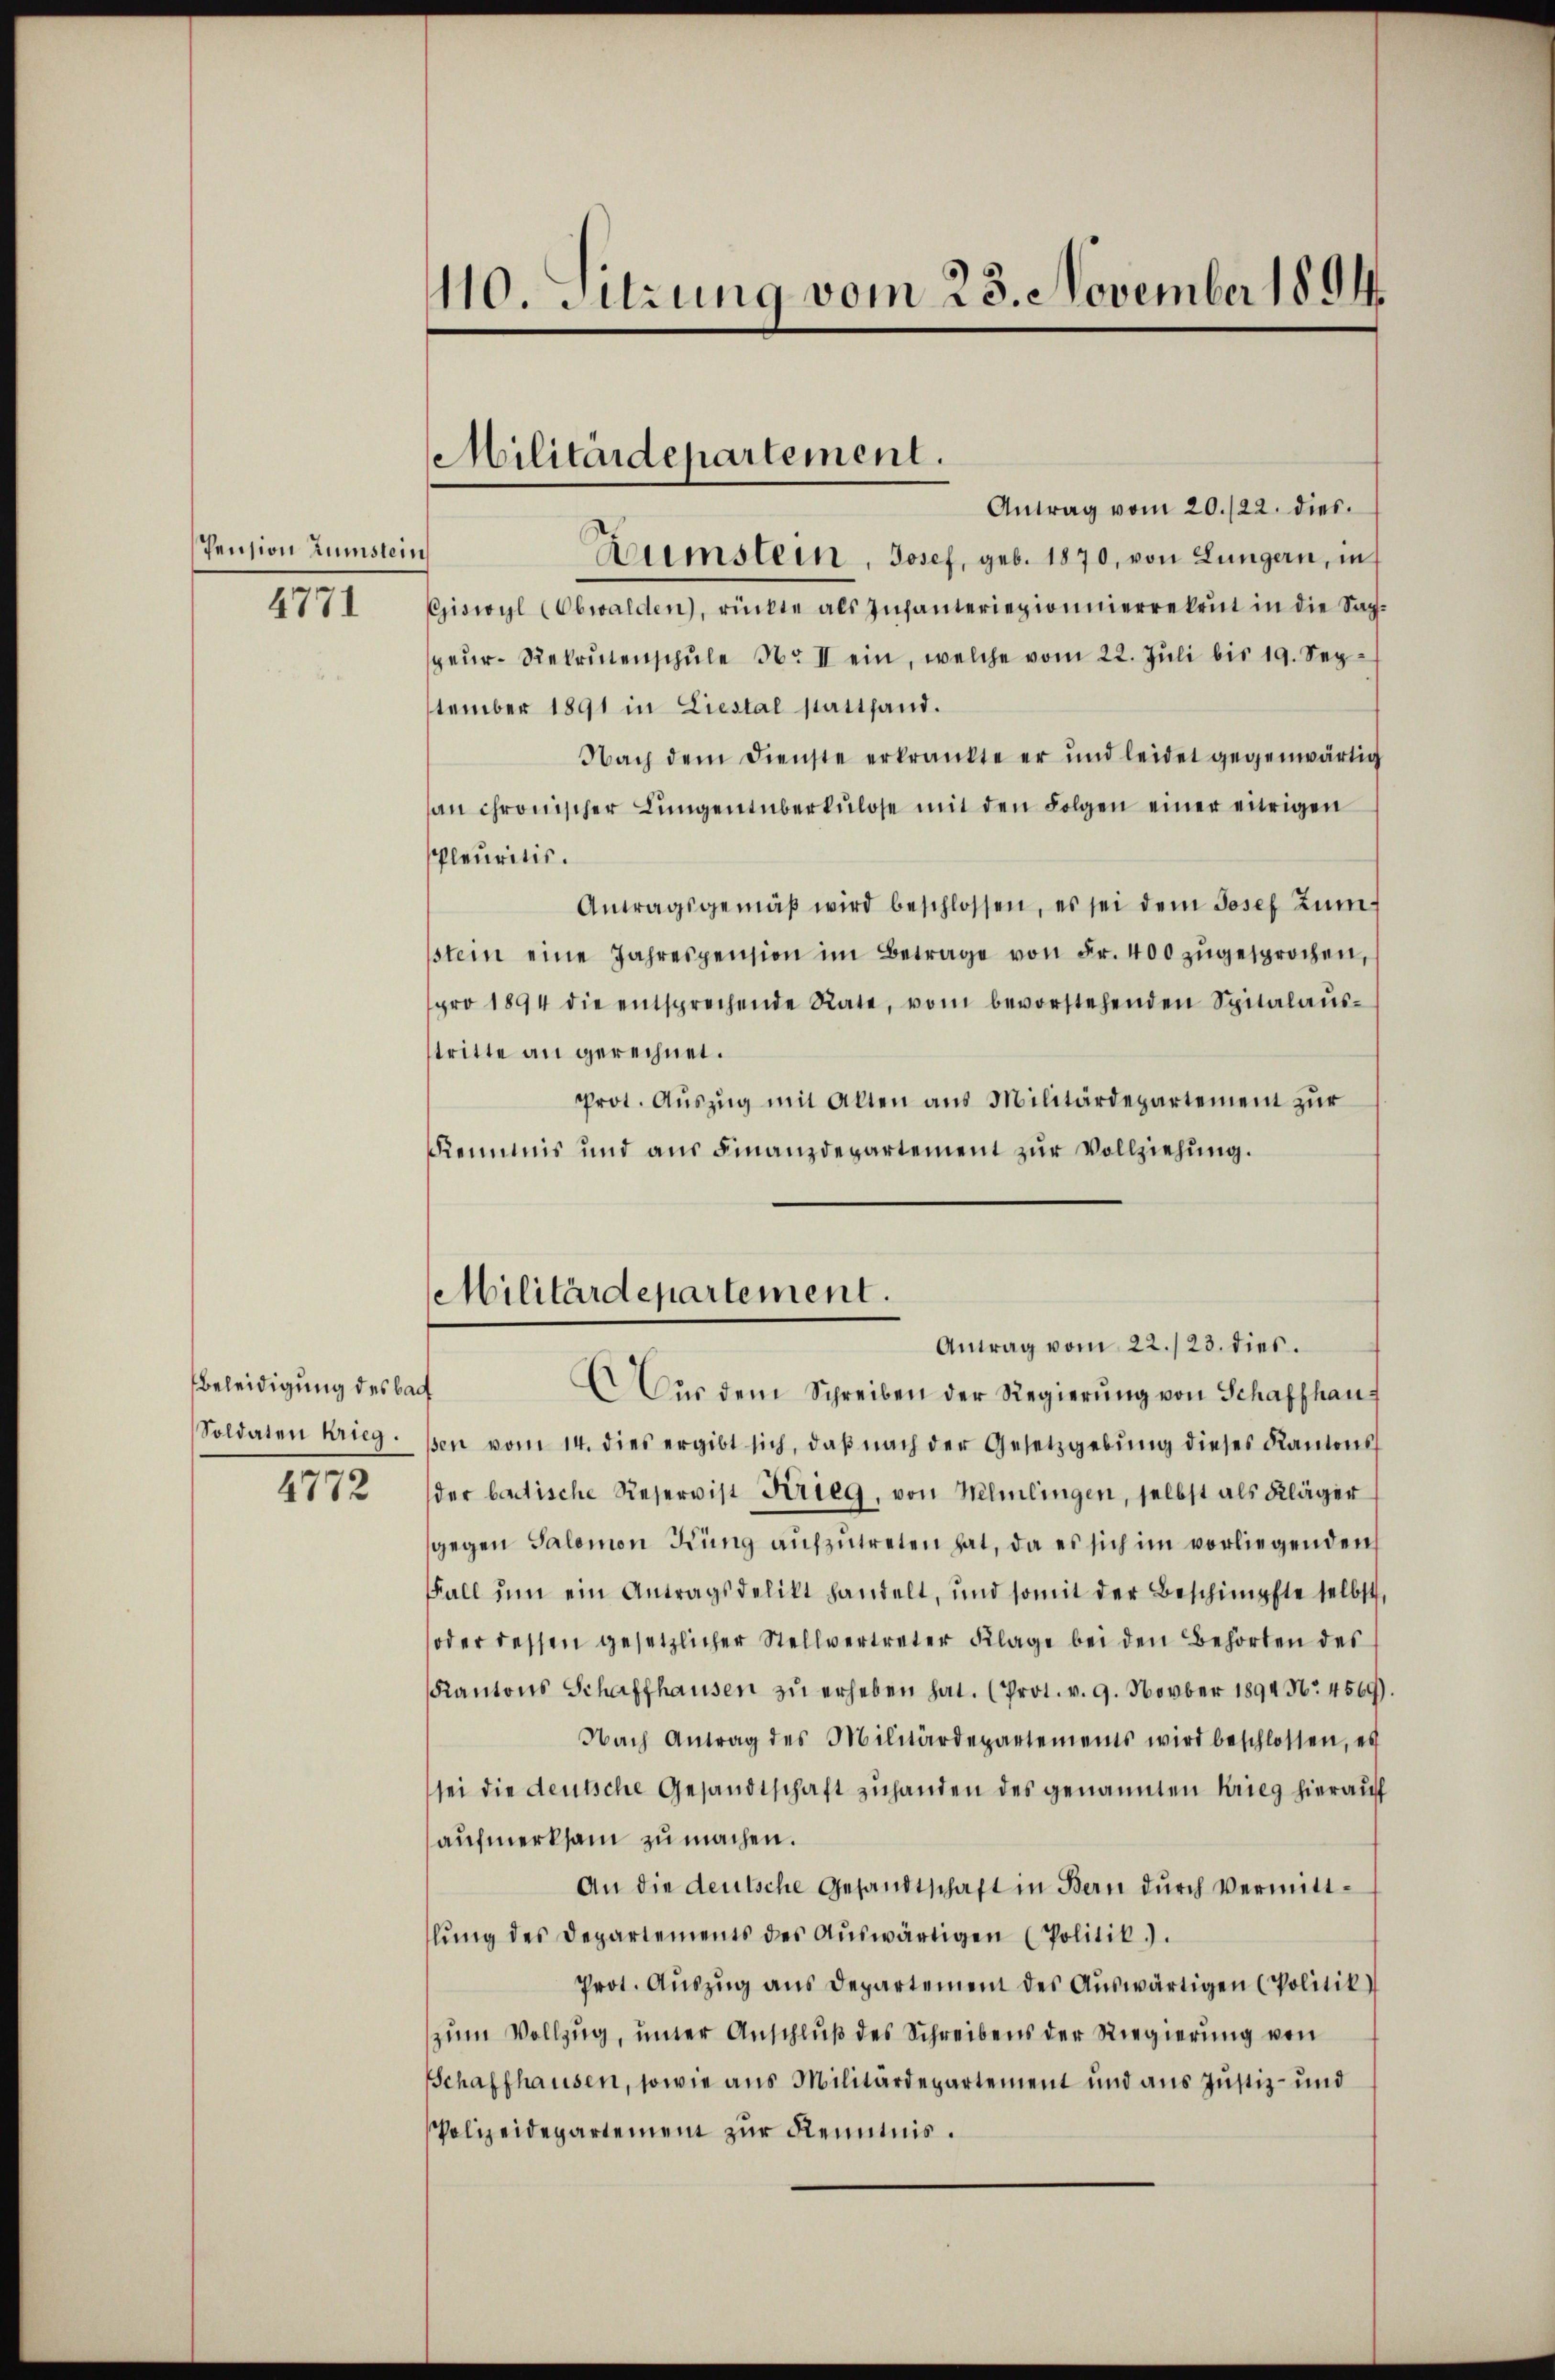
Pension zumstein

4771

Beleidigung des bad
2772

110. Sitzung vom 23. November 1894.

Militärdepartement.

Militärdepartement.
Antrag vom 22./23. dies

Antrag vom 20./22. dies
Keimstein, Josef, geb. 1870, von Lungern, in
Giswyl (Obwalden, rückte als Infanteriepionierrekrut in die Sach-
geŭr- Rekrutenschŭle Nr. II ein, welche vom 22. Jŭli bis 19. September 1891 in Liestal stattfand.
Nach dem Dienste erkrankte er und leidet gegenwärtig
an chronischer Lungentüberkulose mit den Folgen einer eitrigen
leuritis.
Antragsgemäβ wird beschlossen, es sei dem Josef Zimstein eine Jahrespension im Betrage von Fr. 400 zugesprochen, s
pro 1894 die entsprechende Rate, vom bevorstehenden Spitalaŭs-
stritte an gerechnet.
Prot. Aŭszŭg mit Alten aus Militärdepartement zŭr
Kemnis und aŭs Finanzdepartement zŭr Vollziehŭng.

AAŭs dem Schreiben der Regierŭng von Schaffhaus
Soldaten krieg. sen vom 14. dies ergibt sich, daβ nach der Gesetzgebŭng dieses Kantons
der badische Reservist Krieg, von Helmlingen, selbst als Kläger
gegen Salomon Küng aufzutreten hat, da es sich im vorliegenden
Fall um ein Antragsdelikt handelt, und somit der Beschimpfte selbst,
oder dessen gesetzlicher Stellvertreter Klage bei den Behörten des
Kantons Schaffhausen zŭ erheben hat. (Prot. v. 9. Novber 1894 No. 4569).
Nach Antrag des Militärdepartements wird beschlossen, es
sei die deutsche Gesandtschaft zuhanden des genannten Krieg hierauf
aufmerksam zu machen.
An die deutsche Gesandtschaft in Bern durch Vermittlŭng des Departements des Aŭswärtigen (Politik).
Prot. Aŭszŭg ans Departement des Aŭswärtigen (Politik
zum Vollzug, unter Anschluß des Schreibens der Regierung von
Schaffhausen, sowie aus Militärdepartement und aus Justiz- und
Polizeidepartement zur Kenntnis.